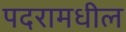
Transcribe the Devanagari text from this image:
पदरामधील